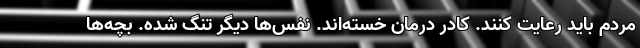
مردم باید رعایت کنند. کادر درمان خسته‌اند. نفس‌ها دیگر تنگ شده. بچه‌ها